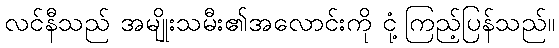
လင်နီသည် အမျိုးသမီး၏အလောင်းကို ငုံ့ကြည့်ပြန်သည်။